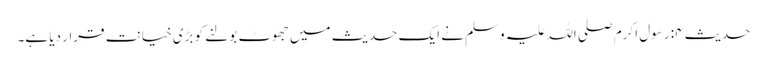
حدیث ۴: رسول اکرم صلی اللہ علیہ وسلم نے ایک حدیث میں جھوٹ بولنے کو بڑی خیانت قرار دیا ہے۔